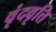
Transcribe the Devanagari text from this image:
वृंदवृत्ति